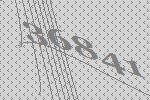
36841